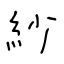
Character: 紗